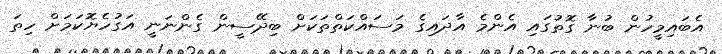
އެބައިމީހުން ބުނާ ގޮތުގައި އެންމެ އާދައިގެ މަސައްކަތްތަކަށް ބިދޭސީން ގެންނަނީ އަގުހެޔޮކަމަށް ހިތަ